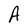
Character: A